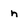
Character: n